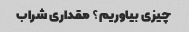
چیزی بیاوریم؟ مقداری شراب